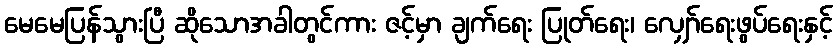
မေမေပြန်သွားပြီ ဆိုသောအခါတွင်ကား ဇင့်မှာ ချက်ရေး ပြုတ်ရေး၊ လျှော်ရေးဖွပ်ရေးနှင့်